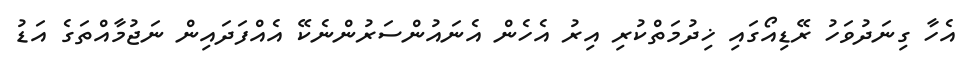
އެހާ ގިނަދުވަހު ރޭޑިއޯގައި ޚިދުމަތްކުރި އިރު އެހެން އެނައުންސަރުންނެކޭ އެއްފަދައިން ނަޖުމާއްތަގެ އަޑު